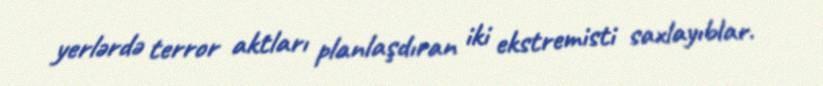
yerlərdə terror aktları planlaşdıran iki ekstremisti saxlayıblar.